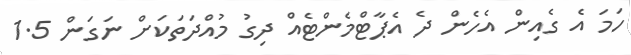
ހަމަ އެ ގެއިން އެހެން ދެ އެޕާޓްމެންޓެއް ދިގު މުއްދަތަކަށް ނަގަން 1.5